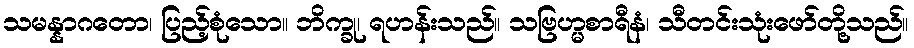
သမန္နာဂတော၊ ပြည့်စုံသော။ ဘိက္ခု၊ ရဟန်းသည်။ သဗြဟ္မစာရီနံ၊ သီတင်းသုံးဖော်တို့သည်။